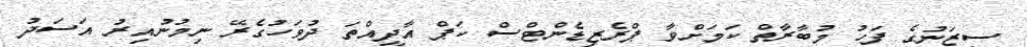
ސީޒަނުގެ ފަހު މުބާރާތް ކަމަށްވާ ޕްރެޒިޑެންޓްސް ކަޕް އާދީއްތަ ދުވަހުގެރޭ ނިމުނުއިރު އަސަދު